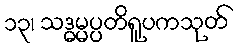
၁၃၊ သဒ္ဓမ္မပ္ပတိရူပကသုတ်